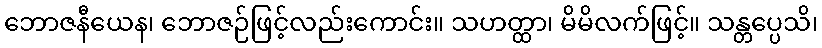
ဘောဇနီယေန၊ ဘောဇဉ်ဖြင့်လည်းကောင်း။ သဟတ္ထာ၊ မိမိလက်ဖြင့်။ သန္တပ္ပေသိ၊